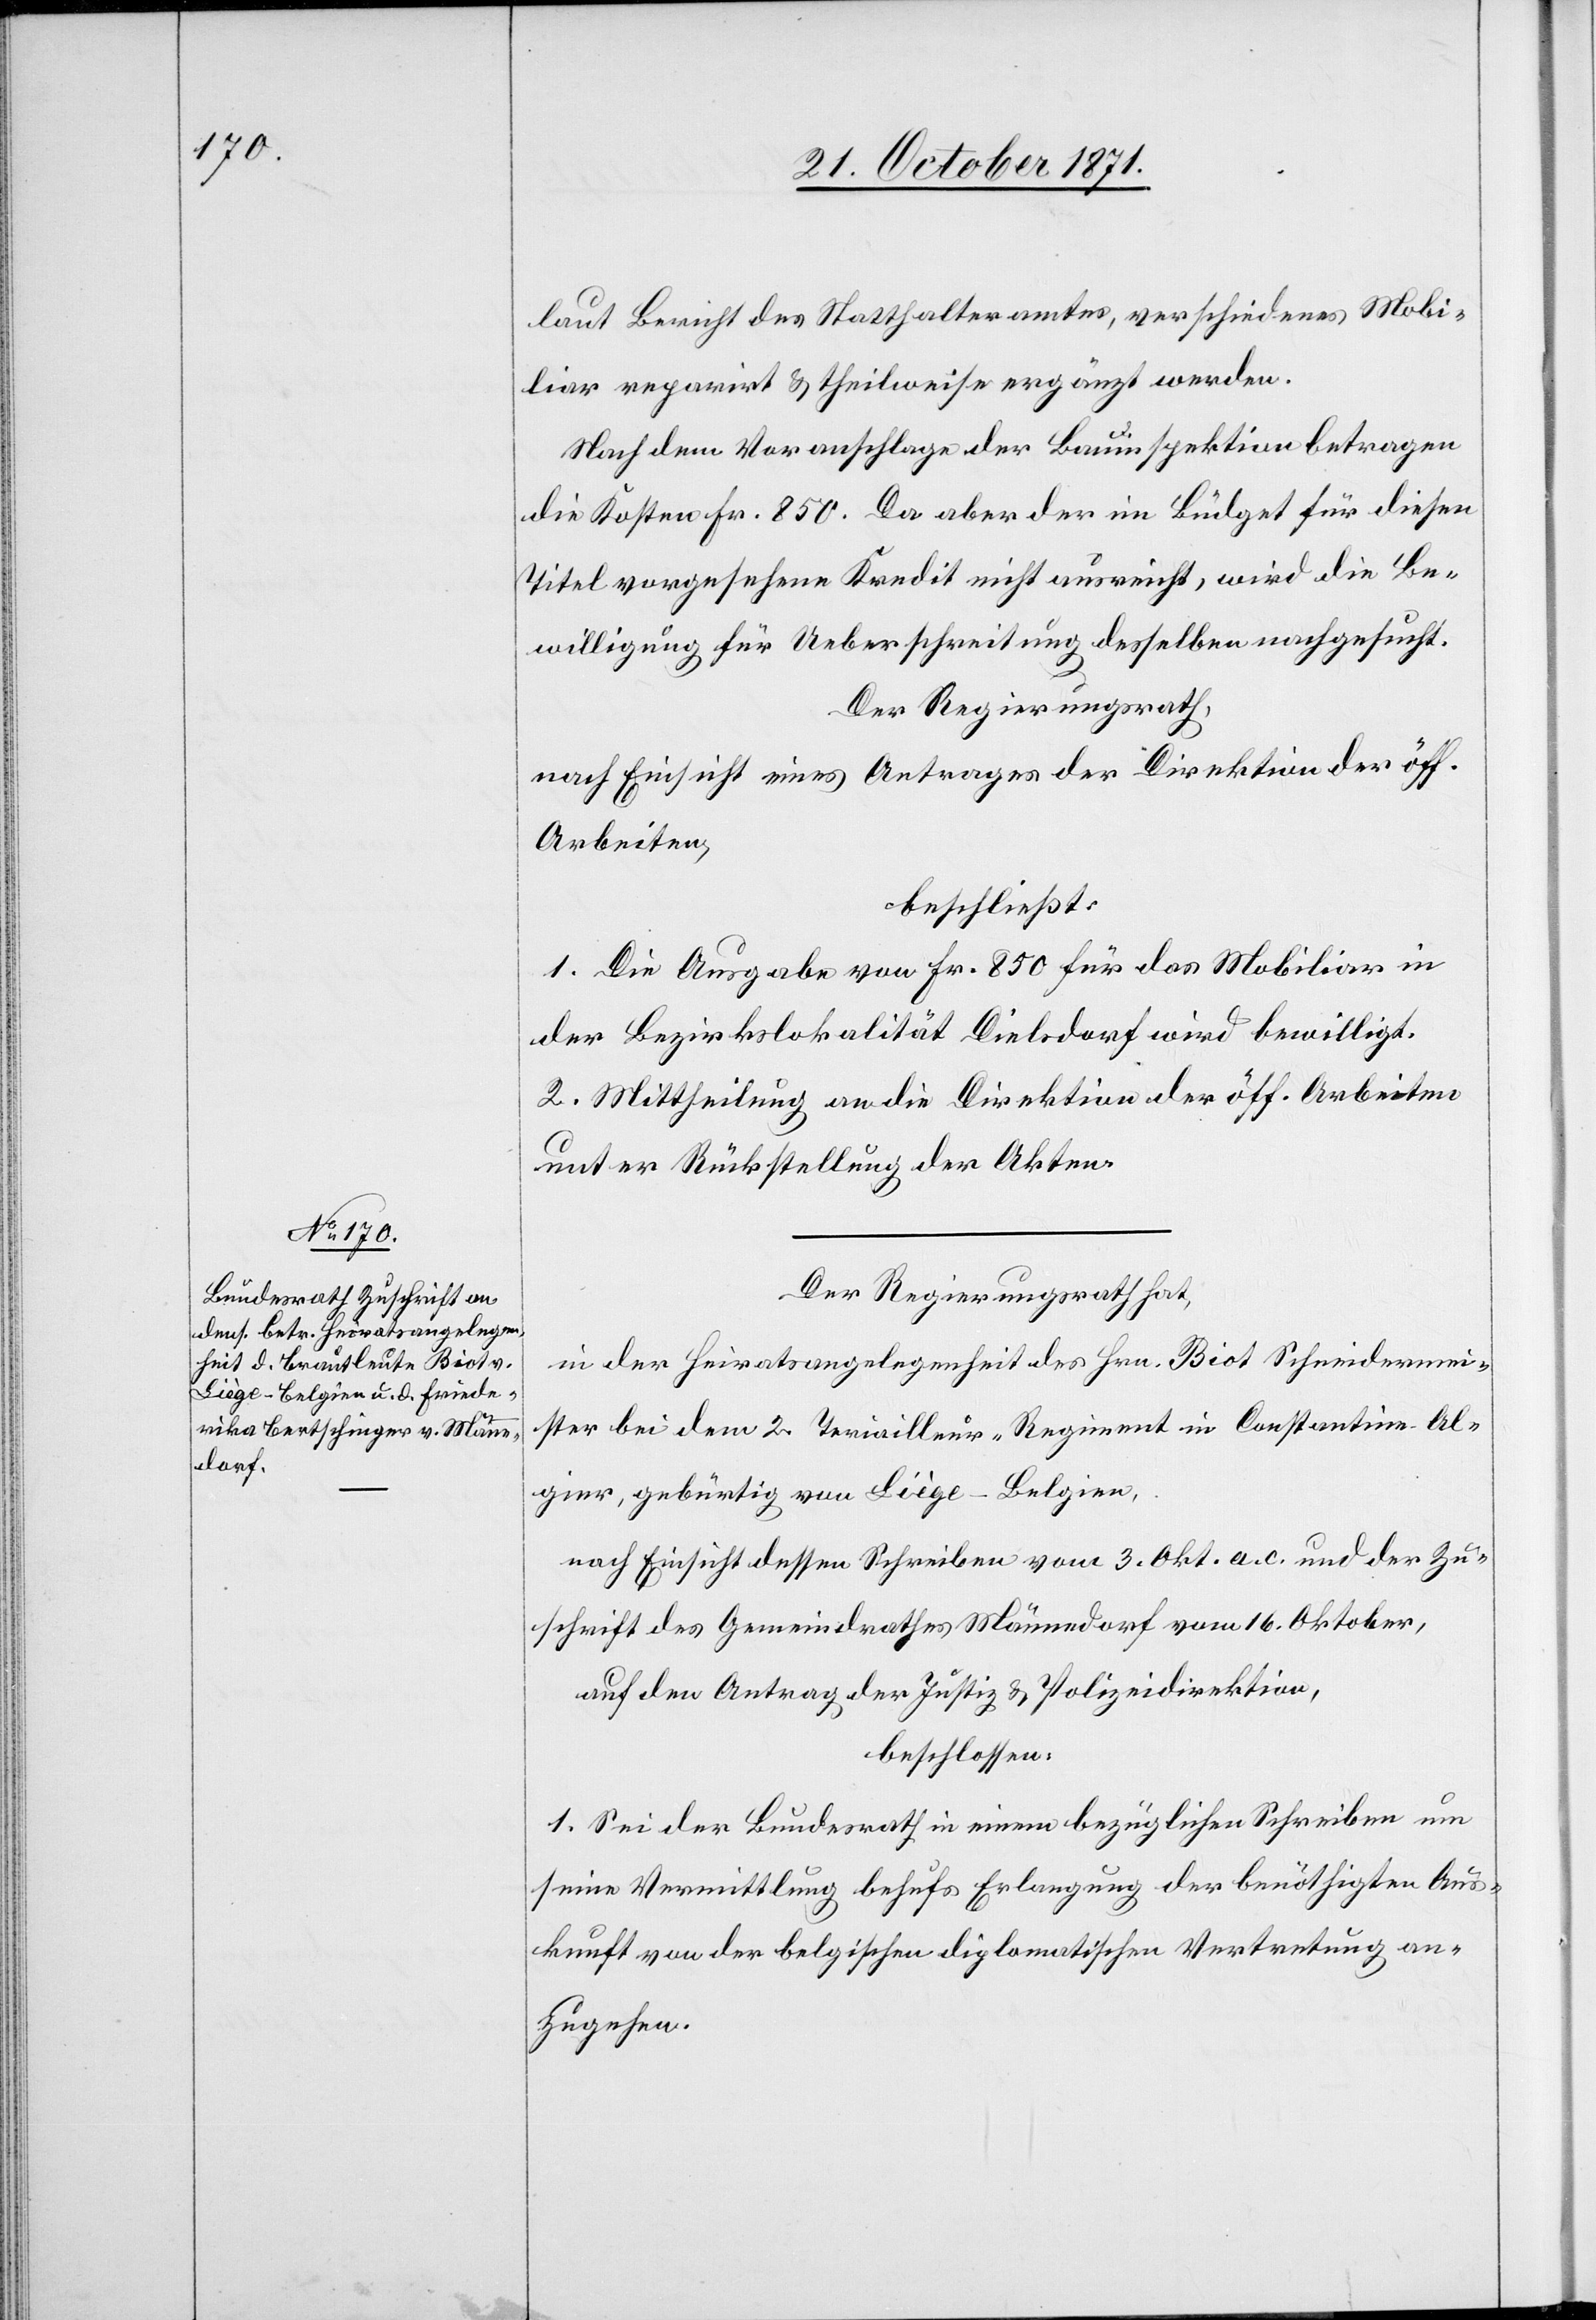
laut Bericht des Statthalteramtes, verschiedenes Mobi¬
liar reparirt & theilweise ergänzt werden.
Nach dem Voranschlage der Bauinspektion betragen
die Kosten Fr. 850. Da aber der im Büdget für diesen
Titel vorgesehene Kredit nicht ausreicht, wird die Be¬
willigung für Ueberschreitung desselben nachgesucht.
Der Regierungsrath,
nach Einsicht eines Antrages der Direktion der öff.
Arbeiten,
beschließt:
1. Die Ausgabe von Fr. 850 für das Mobiliar in
der Bezirkslokalität Dielsdorf wird bewilligt.
2. Mittheilung an die Direktion der öff. Arbeiten
unter Rückstellung der Akten.
Der Regierungsrath hat,
in der Heiratsangelegenheit des Hrn. Biot Schneidermei¬
ster bei dem 2. Teriailleur- [recte: Tirailleur] Regiment in Constantine-Al¬
gier, gebürtig von Liège-Belgien,
nach Einsicht dessen Schreiben vom 3. Okt. a. c. und der Zu¬
schrift des Gemeindrathes Männedorf vom 16. Oktober,
auf den Antrag der Justiz- & Polizeidirektion,
beschlossen:
1. Sei der Bundesrath in einem bezüglichen Schreiben um
seine Vermittlung behufs Erlangung der benöthigten Aus¬
kunft von der belgischen diplomatischen Vertretung an¬
zugehen.